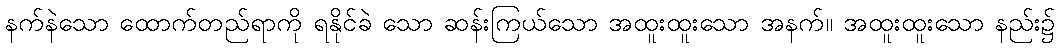
နက်နဲသော ထောက်တည်ရာကို ရနိုင်ခဲ သော ဆန်းကြယ်သော အထူးထူးသော အနက်။ အထူးထူးသော နည်း၌